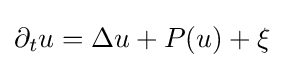
\partial _{t}u=\Delta u+P(u)+\xi